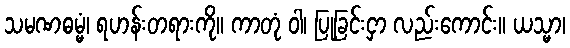
သမဏဓမ္မံ၊ ရဟန်းတရားကို။ ကာတုံ ဝါ၊ ပြုခြင်းငှာ လည်းကောင်း။ ယသ္မာ၊